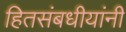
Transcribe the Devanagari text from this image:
हितसंबधीयांनी